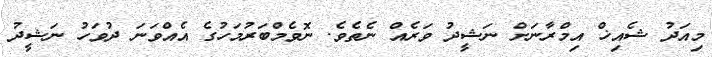
މިއަދު ޝެއިޚް އިމްރާނަށް ނަޝީދު ވަރެއް ނެތެވެ. ނޮވެމްބަރުމަހުގެ އެއްވަނަ ދުވަހު ނަޝީދު